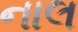
નાલ